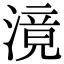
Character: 滰